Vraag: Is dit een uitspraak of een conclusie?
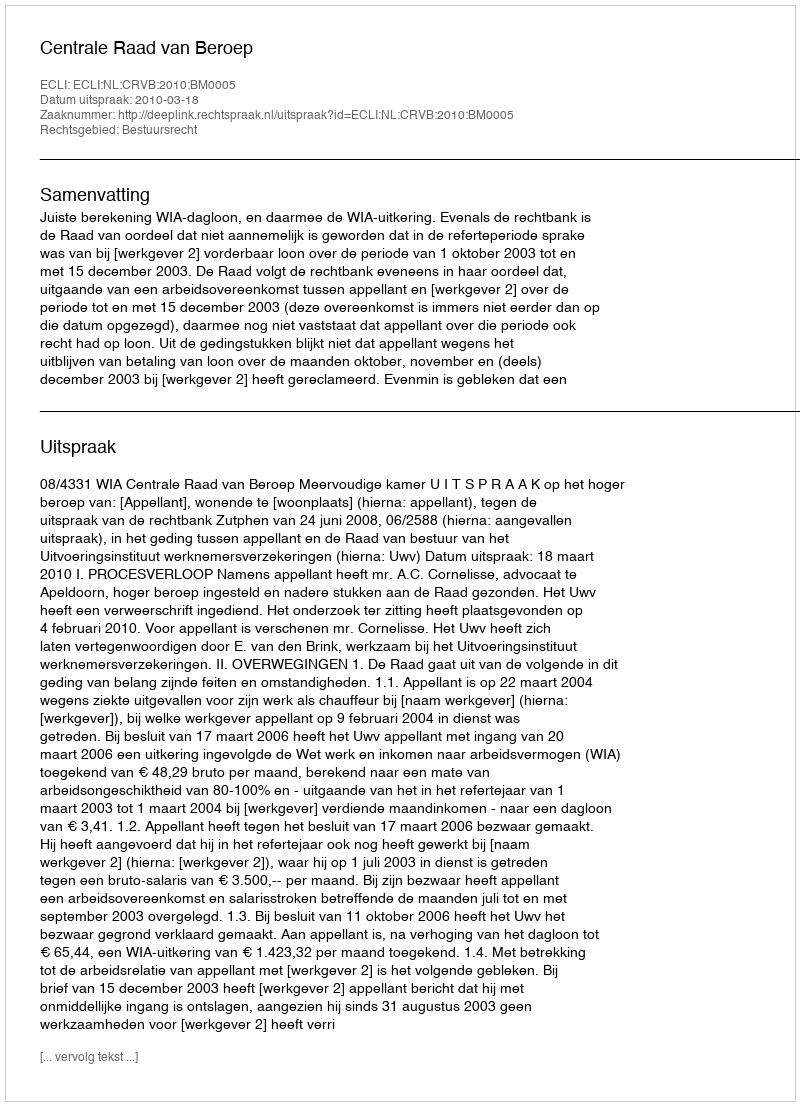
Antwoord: Uitspraak